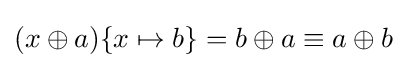
(x\oplus a)\{x\mapsto b\}=b\oplus a\equiv a\oplus b